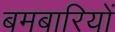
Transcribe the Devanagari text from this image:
बमबारियों